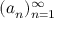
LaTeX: ( a _ { n } ) _ { n = 1 } ^ { \infty }